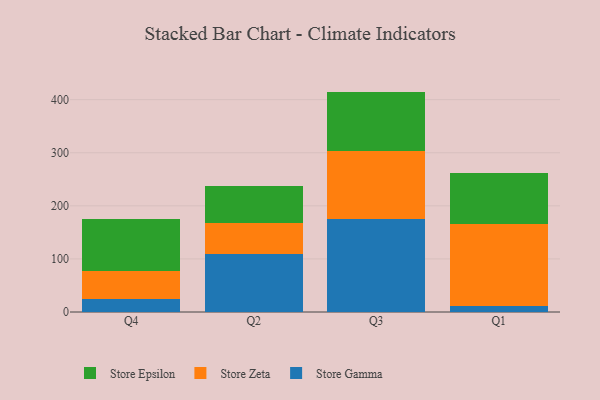
{"axis": {"x": "Quarter", "y": "Tickets Resolved"}, "legend": ["Store Epsilon", "Store Gamma", "Store Zeta"], "data": [{"x": "Q4", "y": 25.4, "type": "Store Gamma"}, {"x": "Q4", "y": 51.2, "type": "Store Zeta"}, {"x": "Q4", "y": 99.1, "type": "Store Epsilon"}, {"x": "Q2", "y": 108.7, "type": "Store Gamma"}, {"x": "Q2", "y": 58.3, "type": "Store Zeta"}, {"x": "Q2", "y": 70.8, "type": "Store Epsilon"}, {"x": "Q3", "y": 176.1, "type": "Store Gamma"}, {"x": "Q3", "y": 127.0, "type": "Store Zeta"}, {"x": "Q3", "y": 112.1, "type": "Store Epsilon"}, {"x": "Q1", "y": 10.7, "type": "Store Gamma"}, {"x": "Q1", "y": 154.7, "type": "Store Zeta"}, {"x": "Q1", "y": 95.8, "type": "Store Epsilon"}]}